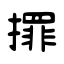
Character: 𢶀